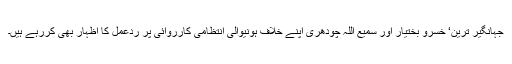
جہانگیر ترین‘ خسرو بختیار اور سمیع اللہ چودھری اپنے خلاف ہونیوالی انتظامی کارروائی پر ردعمل کا اظہار بھی کررہے ہیں۔